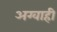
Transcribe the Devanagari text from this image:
अग्वाही